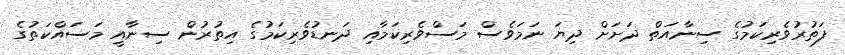
ފަތުރުވެރިކަމުގެ ސިނާއަތް ދަށަށް ދިޔަ ނަމަވެސް މަސްވެރިކަމާއި ދަނޑުވެރިކަމުގެ އިތުރުން ސިނާއީ މަސައްކަތުގެ